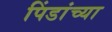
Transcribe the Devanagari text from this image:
पिंडांच्या